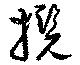
攬